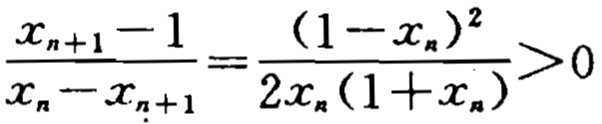
\(\frac{x_{n + 1} - 1}{x_{n} - x_{n + 1}} = \frac{(1 - x_{n})^{2}}{2x_{n}(1 + x_{n})}>0\)